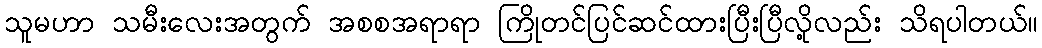
သူမဟာ သမီးလေးအတွက် အစစအရာရာ ကြိုတင်ပြင်ဆင်ထားပြီးပြီလို့လည်း သိရပါတယ်။